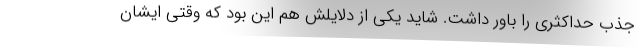
جذب حداکثری را باور داشت. شاید یکی از دلایلش هم این بود که وقتی ایشان